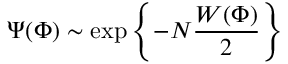
\Psi ( \Phi ) \sim \exp \left\{ - N \frac { W ( \Phi ) } { 2 } \right\}